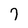
Character: 7